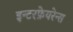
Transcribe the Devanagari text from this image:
इन्टरफ़ेयरेन्स